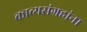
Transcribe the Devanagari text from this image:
काव्यसंग्रहांना